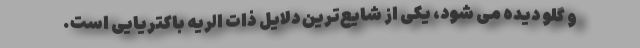
و گلو دیده می شود، یکی از شایع‌ترین دلایل ذات الریه باکتریایی است.